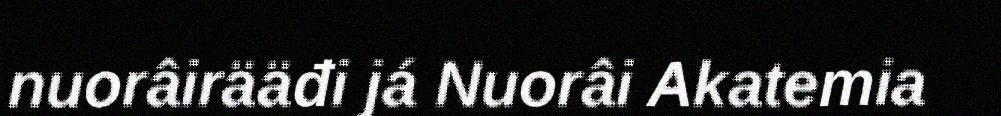
nuorâirääđi já Nuorâi Akatemia